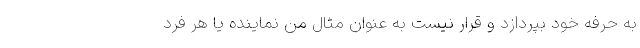
به حرفه خود بپردازد و قرار نیست به عنوان مثال من نماینده یا هر فرد